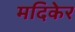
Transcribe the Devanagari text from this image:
मदिकेर